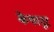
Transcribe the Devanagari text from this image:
केथानूर